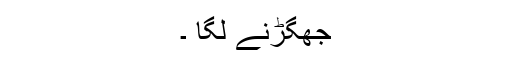
جھگڑنے لگا ۔